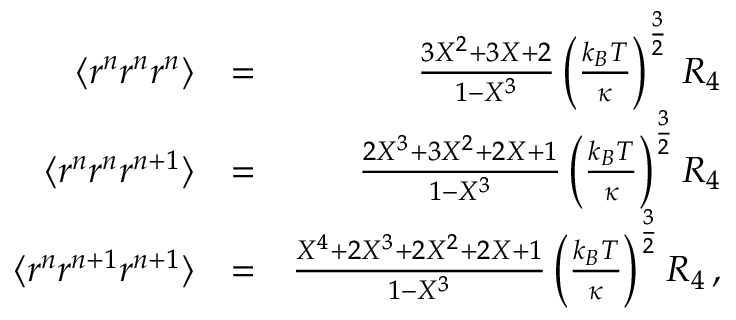
\begin{array} { r l r } { \langle r ^ { n } r ^ { n } r ^ { n } \rangle } & { = } & { \frac { 3 X ^ { 2 } + 3 X + 2 } { 1 - X ^ { 3 } } \left( \frac { k _ { B } T } { \kappa } \right) ^ { \frac { 3 } { 2 } } \, { \cal R } _ { 4 } } \\ { \langle r ^ { n } r ^ { n } r ^ { n + 1 } \rangle } & { = } & { \frac { 2 X ^ { 3 } + 3 X ^ { 2 } + 2 X + 1 } { 1 - X ^ { 3 } } \left( \frac { k _ { B } T } { \kappa } \right) ^ { \frac { 3 } { 2 } } { \cal R } _ { 4 } } \\ { \langle r ^ { n } r ^ { n + 1 } r ^ { n + 1 } \rangle } & { = } & { \frac { X ^ { 4 } + 2 X ^ { 3 } + 2 X ^ { 2 } + 2 X + 1 } { 1 - X ^ { 3 } } \left( \frac { k _ { B } T } { \kappa } \right) ^ { \frac { 3 } { 2 } } { \cal R } _ { 4 } \, , } \end{array}